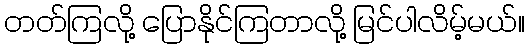
တတ်ကြလို့ ပြောနိုင်ကြတာလို့ မြင်ပါလိမ့်မယ်။